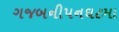
ગજબનીપનઘટમા